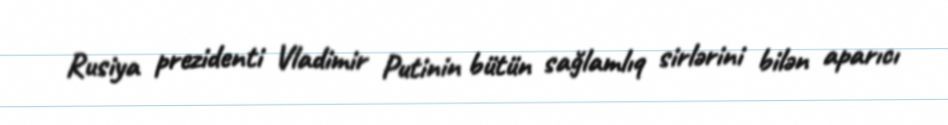
Rusiya prezidenti Vladimir Putinin bütün sağlamlıq sirlərini bilən aparıcı